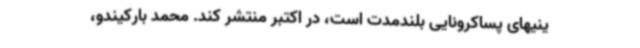
ینیهای پساکرونایی بلندمدت است، در اکتبر منتشر کند. محمد بارکیندو،